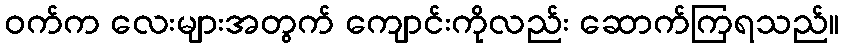
ဝက်က လေးများအတွက် ကျောင်းကိုလည်း ဆောက်ကြရသည်။